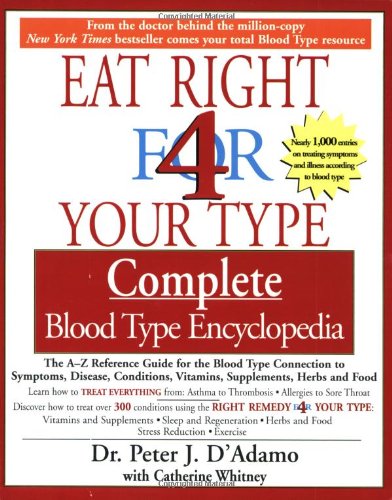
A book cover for Eat Right for 4 Your Type: Complete Blood Type Encyclopedia; Peter D'Adamo; Medical Books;